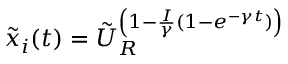
\tilde { x } _ { i } ( t ) = \tilde { U } _ { R } ^ { \left( 1 - \frac { I } { \gamma } ( 1 - e ^ { - \gamma t } ) \right) }